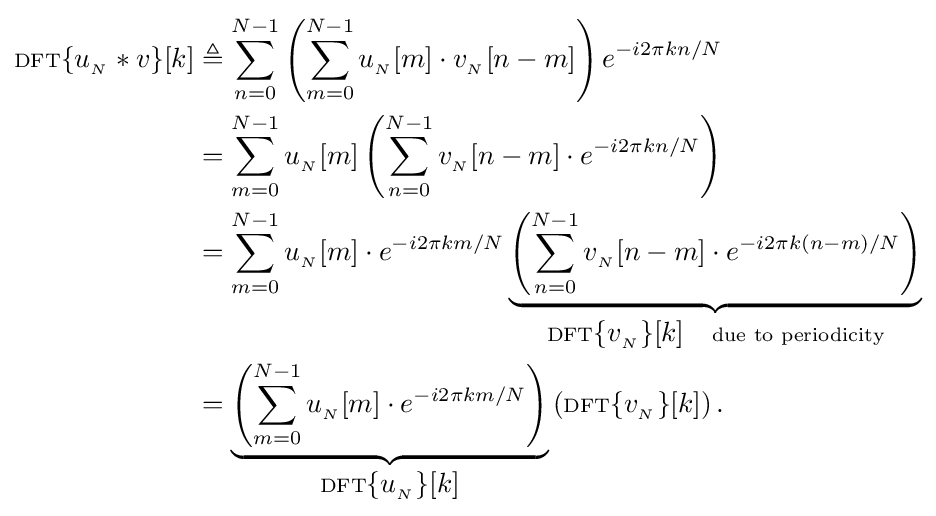
{\begin{aligned}\scriptstyle {\rm {DFT}}\displaystyle \{u_{_{N}}*v\}[k]&\triangleq \sum _{n=0}^{N-1}\left(\sum _{m=0}^{N-1}u_{_{N}}[m]\cdot v_{_{N}}[n-m]\right)e^{-i2\pi kn/N}\\&=\sum _{m=0}^{N-1}u_{_{N}}[m]\left(\sum _{n=0}^{N-1}v_{_{N}}[n-m]\cdot e^{-i2\pi kn/N}\right)\\&=\sum _{m=0}^{N-1}u_{_{N}}[m]\cdot e^{-i2\pi km/N}\underbrace {\left(\sum _{n=0}^{N-1}v_{_{N}}[n-m]\cdot e^{-i2\pi k(n-m)/N}\right)} _{\scriptstyle {\rm {DFT}}\displaystyle \{v_{_{N}}\}[k]\quad \scriptstyle {\text{due to periodicity}}}\\&=\underbrace {\left(\sum _{m=0}^{N-1}u_{_{N}}[m]\cdot e^{-i2\pi km/N}\right)} _{\scriptstyle {\rm {DFT}}\displaystyle \{u_{_{N}}\}[k]}\left(\scriptstyle {\rm {DFT}}\displaystyle \{v_{_{N}}\}[k]\right).\end{aligned}}